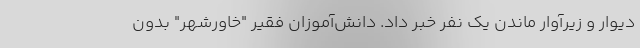
دیوار و زیرآوار ماندن یک نفر خبر داد. دانش‌آموزان فقیر "خاورشهر" بدون